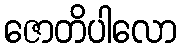
ဇောတိပါလော